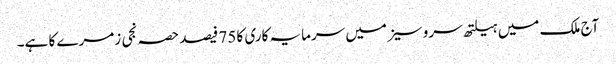
آج ملک میں ہیلتھ سروسیز میں سرمایہ کاری کا 75 فیصد حصہ نجی زمرے کا ہے۔